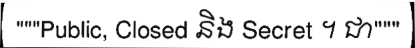
"""Public, Closed និង Secret ។ ជា"""